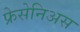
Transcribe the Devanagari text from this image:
फ्रेसेनिअस